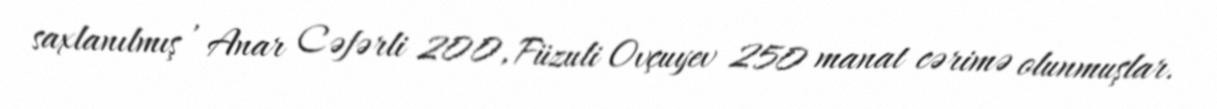
saxlanılmış , Anar Cəfərli 200, Füzuli Ovçuyev 250 manat cərimə olunmuşlar.